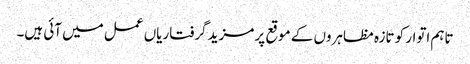
تاہم اتوار کو تازہ مظاہروں کے موقع پر مزید گرفتاریاں عمل میں آئی ہیں۔